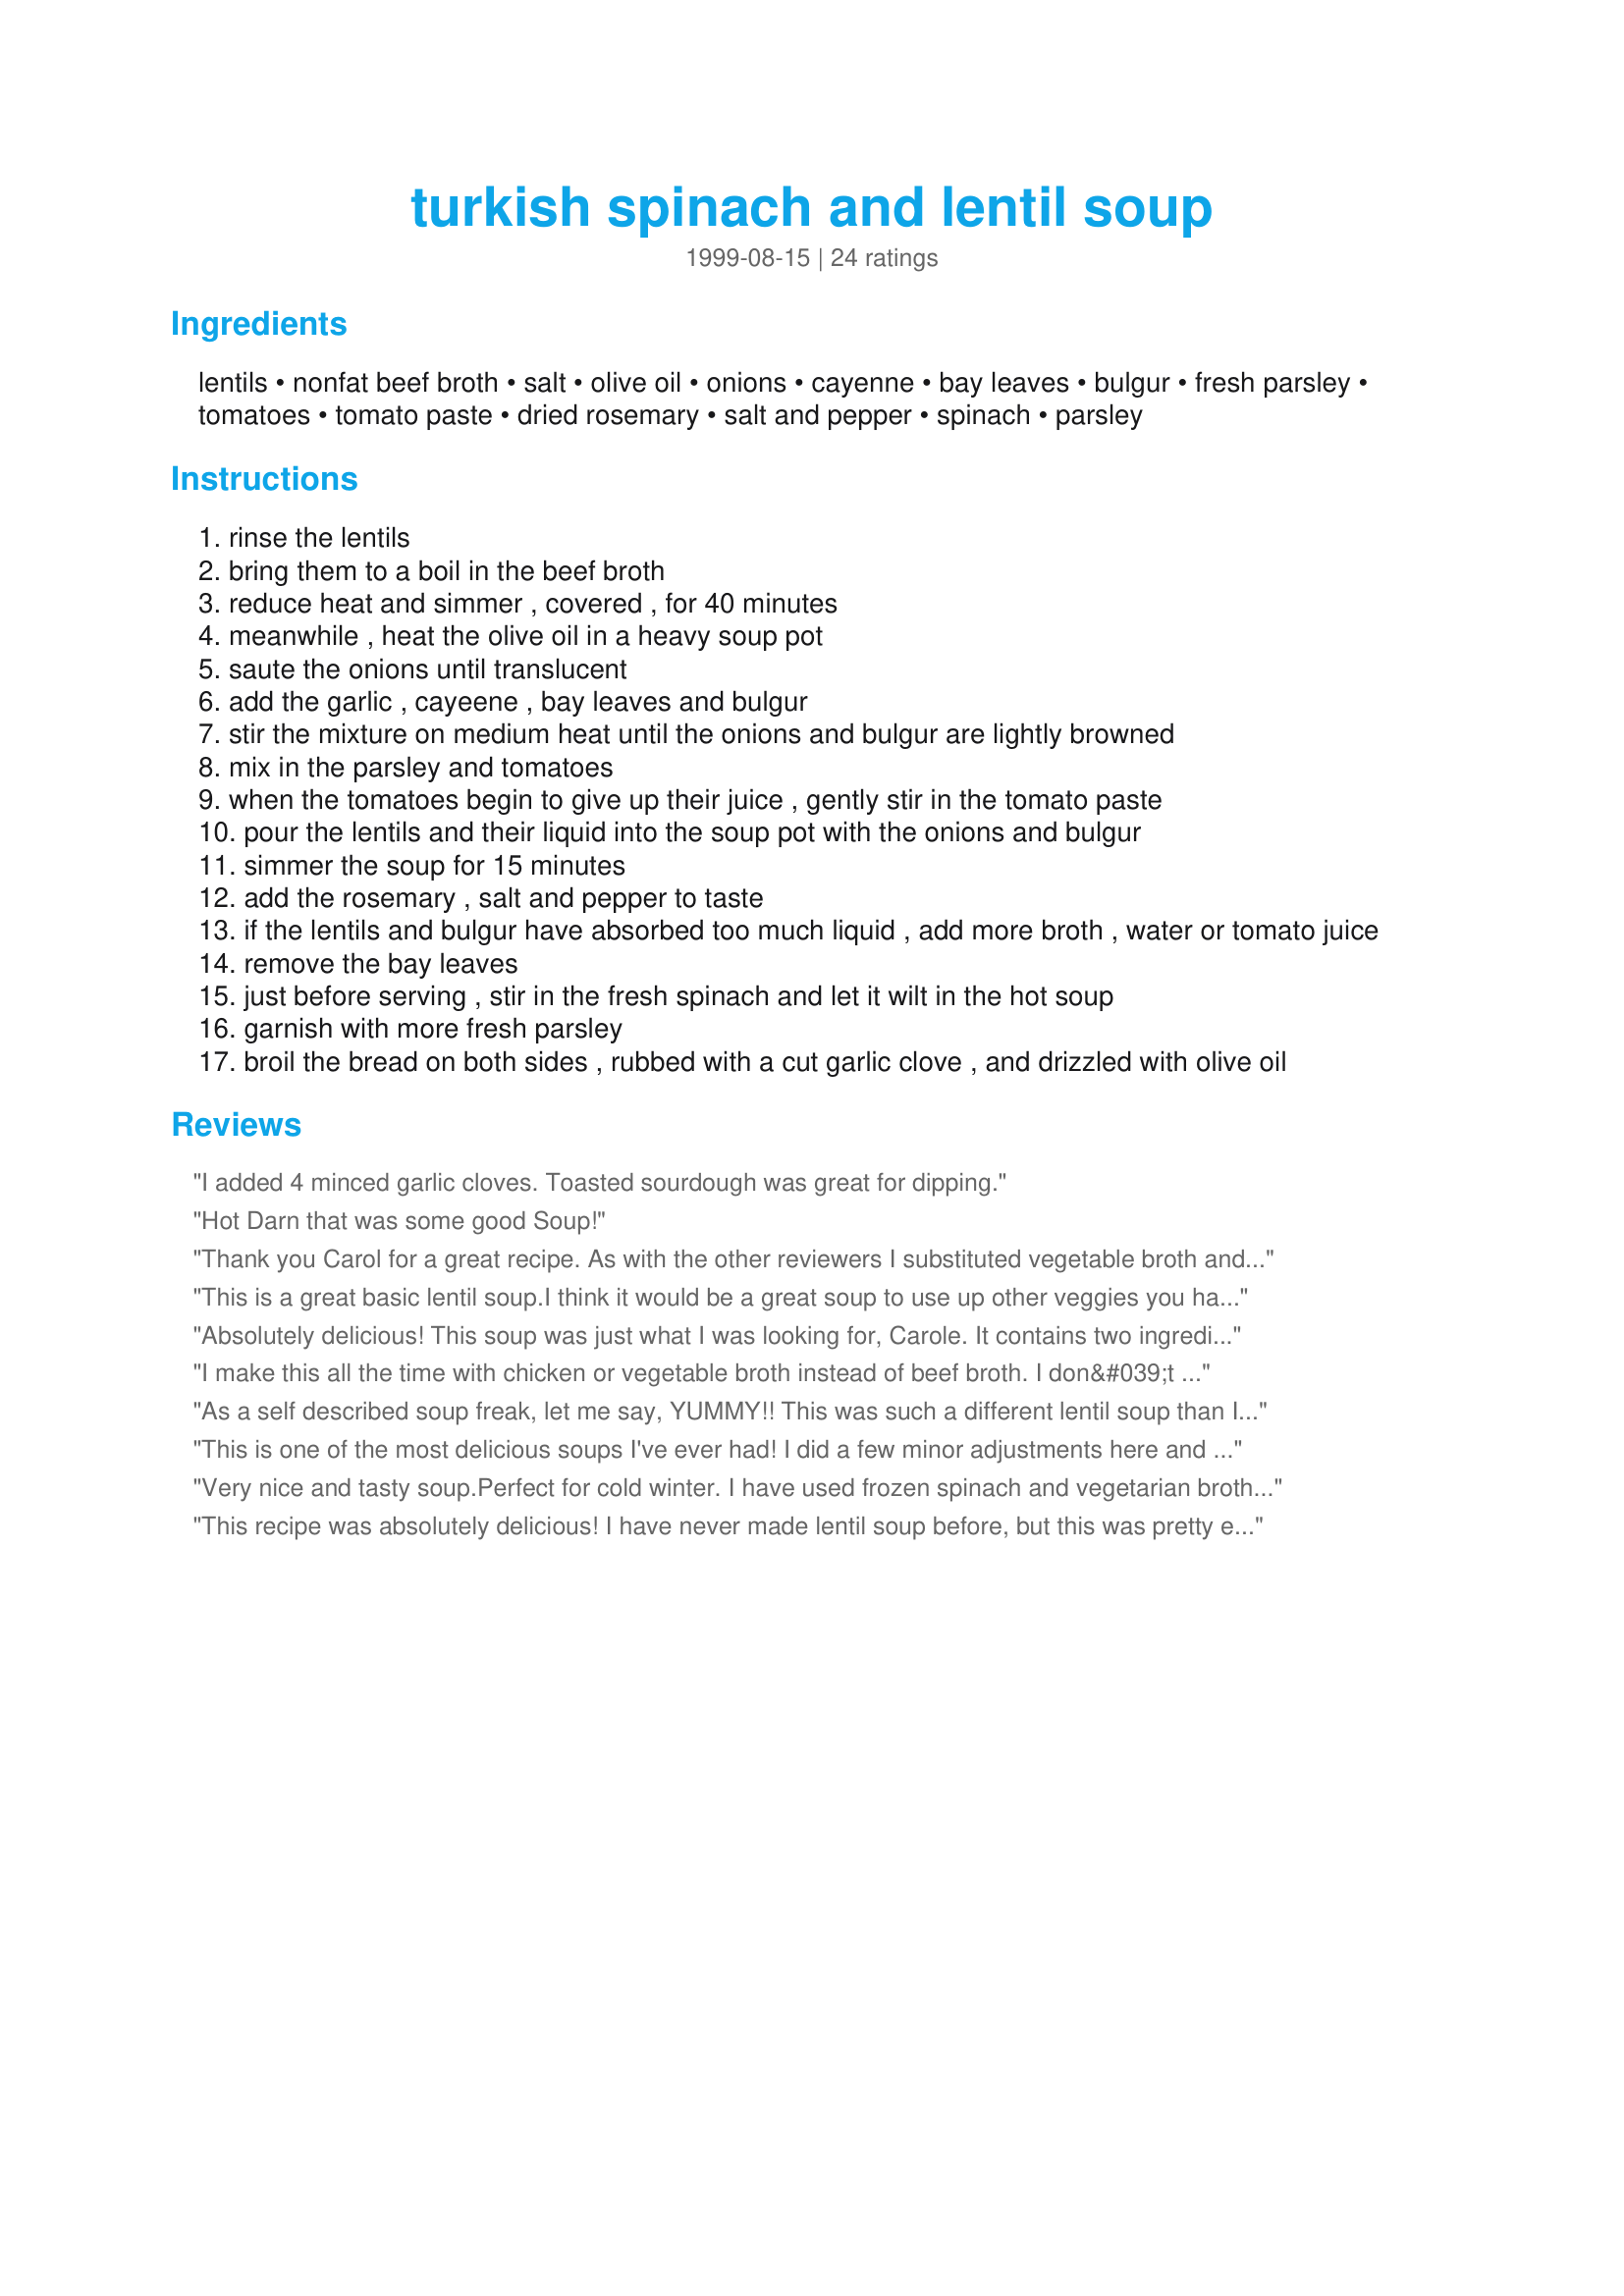
turkish spinach and lentil soup
Preparation time: 0 minutes

Ingredients:
lentils, nonfat beef broth, salt, olive oil, onions, cayenne, bay leaves, bulgur, fresh parsley, tomatoes, tomato paste, dried rosemary, salt and pepper, spinach, parsley

Steps:
rinse the lentils
bring them to a boil in the beef broth
reduce heat and simmer , covered , for 40 minutes
meanwhile , heat the olive oil in a heavy soup pot
saute the onions until translucent
add the garlic , cayeene , bay leaves and bulgur
stir the mixture on medium heat until the onions and bulgur are lightly browned
mix in the parsley and tomatoes
when the tomatoes begin to give up their juice , gently stir in the tomato paste
pour the lentils and their liquid into the soup pot with the onions and bulgur
simmer the soup for 15 minutes
add the rosemary , salt and pepper to taste
if the lentils and bulgur have absorbed too much liquid , add more broth , water or tomato juice
remove the bay leaves
just before serving , stir in the fresh spinach and let it wilt in the hot soup
garnish with more fresh parsley
broil the bread on both sides , rubbed with a cut garlic clove , and drizzled with olive oil

Reviews:
I added 4 minced garlic cloves. Toasted sourdough was great for dipping.
Hot Darn that was some good Soup!
Thank you Carol for a great recipe. As with the other reviewers I substituted vegetable broth and used 3 cloves of garlic crushed. This is the first time I've cooked anything with Bulgur and was pleasantly surprised by the flavor and texture. So for those who haven't tried it before-go ahead-I bet you like it!
This is a great basic lentil soup.I think it would be a great soup to use up other veggies you have on hand.
Absolutely delicious! This soup was just what I was looking for, Carole. It contains two ingredients I'm fond of, but wouldn't have thought of putting together: lentils and bulgur. It also allowed me to use up some fresh spinach and parsley that I didn't want to go to waste, as we're going out of town in a few days. I had everything I needed, except the beef broth; so I substituted beef flavored "Better Than Bouillon" for it. Your directions mention garlic, but it's not listed with the ingredients. I put in 1 tsp. of minced garlic. I always keep a jar of it in the refrigerator. Thanks for sharing this recipe with us. I will be making it often.
I make this all the time with chicken or vegetable broth instead of beef broth. I don&#039;t even like lentils, but in this soup they taste good. Everyone I&#039;ve ever served it to has raved about it. One time I made it with buckwheat groats instead of bulgur because that&#039;s what I had. Not as good, but still tasty! This is also an excellent backpacking meal if you dehydrate it.
As a self described soup freak, let me say, YUMMY!! This was such a different lentil soup than I am used to. The cayenne gave it such an afterthought of a kick, GREAT! I made this vegetarian for my daugther & me and had my non lentil/onion/veggie/soup eating hubby try it. He came back "don't tell me what's in it, just give me another bowl!" My dad who hates lentils, bowl and a half! I made as written except used canned chopped tomatoes, dried parsley and veggie broth instead of beef. This will be a repeat soup in my house. I will post a photo tomarrow when I reheat for lunch! Thanks Carole!!
This is one of the most delicious soups I've ever had! 

I did a few minor adjustments here and there, but the basic recipe. I've saved this one. 

Thanks for such a delicious recipe!
Very nice and tasty soup.Perfect for cold winter. I have used frozen spinach and vegetarian broth. Thanks.
This recipe was absolutely delicious! I have never made lentil soup before, but this was pretty easy to follow, and very tasty.
Deeelicious!!! I used barley instead of bulgur (didn't have any) and had to add some extra broth. Used McKays chicken seasoning instead of beef. Added some garlic. Yum!! Definitely will make again. Thank you for sharing! :O)
Very tasty recipe with a wonderful aroma. I used Better than Bouillon vegetable broth (used almost 8 cups total and let simmer longer at the end) and swapped the bulgar for barley. Used 3 cloves of minced garlic and added a generous 1/2 tsp of red pepper flakes. Will definitely be making this again and again!
This was my first time making a soup with lentils. I was intrigued with the burghul and excited to try it. It was easy to make. I added sliced carrots and mushrooms to the broth mixture and red, yellow, and orange peppers to the onion mixure to get more veggies in. Love the flavor! Used 2 cloves garlic as most other users. So healthy and tasty!!! Great recipe!!
Healthy and hearty soup. I reduced the olive oil to cut down on calories, and I used chicken broth instead of beef. Hubby and I are very happy with the result, though I must admit that I added some cumin to my bowl (cumin+lentils=perfect). I will be making this again!
Love Zaar for helping me find these great recipes. Believe it or not we had three bags of bulgur and I was searching for ways to use it. This is not only a great soup (and good use for bulgur) it is very nutritious! Thanks so much for posting.

PS you don't mention garlic in the ingredients listing so I guessed about 2 cloves.
My husband is very picky about soup and says this is possibly the best soup he has ever eaten! It was wonderful. I had to substitute vegetable broth for beef broth as my daughter is a strict vegetarian and found the lentils were tender after only simmering for about 15 minutes. Also added 2 cloves of crushed garlic.
I love this recipe and I make it all the time. Only change I make is Vegetable broth instead of beef.
this is the best soup ever! love it love it love it. I made a couple of subs this time, vegetable stock instead of beef, tinned tomatoes instead of fresh and a handful of couscous instead of bulghar. Still lovely though, thanks for sharing
I doubled the recipe this first time and I am so glad It is relatively easy and delicious! I have a freezer full for future cold evenings. Thanks for sharing!!
Thought I would try this soup since I had all ingredients on hand to make it and ...... boy, am I glad I did! Wonderful flavor, different from the lentil soup I'm used to. The addition of spinach and bulgur really "bulk up" this soup. Filling, nutritious and very easy to make. You didn't specify the amount of garlic so I used 3 fat cloves sliced very thin. The soup has an odd aroma (must be the bulgur) but you forget all about that once you taste it. So much fun finding a tasty new way to fix an old stand by (lentils). Thanks for posting Carole.
This is one of the best soups I have ever had, much less cooked. I substituted chicken stock for beef broth and was a bit heavy handed with the olive oil. Thanks!!!
I had spinach and I don't like it raw. I wanted to make a soup and had no white beans...I did have lentils.
So I made this not at all excited.
But, I should have been.
The soup was delicious. It does need to be salted heavily though. My kids looked at it and said they wouldn't eat it so they were allowed to dip their bread in it and all of them decided to eat it. the most exciting part is I made the soup yesterday and had the leftovers today...and they were even better. The tastes all became so deep with the rosemary. I did make this with chicken broth but since there are so many flavors I thought the broth taste would get lost. Super recipe, doesn't take much time and a beautiful soup.
NOTE to the posting chef Carole Reu: your list of ingredients is missing the garlic! I added about 3 cloves, minced. Please correct your recipe. This was very delicious. I made it with my DIL and subbed veggie broth cause she is vegetarian. It tasted better after a day or two when the flavors mingled. Next time I might add some lamb and will also garnish with a good yogurt. It's a keeper...thanks for posting.
Awesome! We had to substitute vegetable broth, wild rice for bulgur and no tomatoe paste due to our "21 day cleanse" requirements - BF added crushed red peppers - turned out perfect! (I thought it was a tad too spicy - will reduce the cayenne to 1/8 teaspoon next time, but I'm very sensitive to spice) Great recipe! Send us more!! :)
